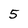
Character: 5